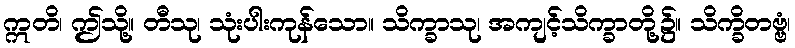
ဣတိ၊ ဤသို့။ တီသု၊ သုံးပါးကုန်သော။ သိက္ခာသု၊ အကျင့်သိက္ခာတို့၌။ သိက္ခိတဗ္ဗံ၊